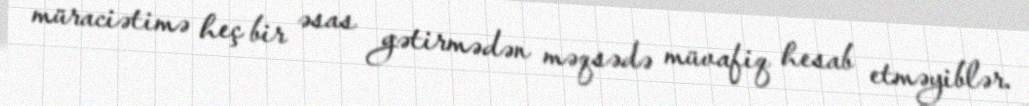
müraciətimə heç bir əsas gətirmədən məqsədə müvafiq hesab etməyiblər.